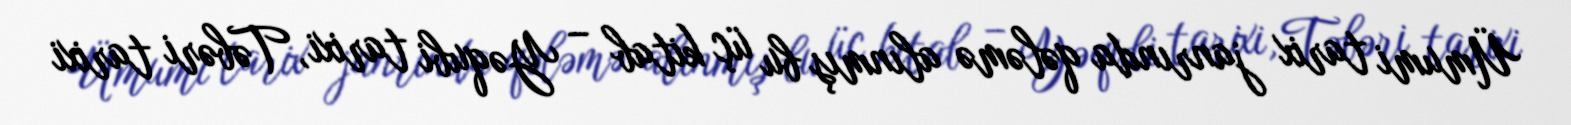
Ümumi tarix janrında qələmə alınmış bu üç kitab – Yəqubi tarixi, Təbəri tarixi